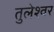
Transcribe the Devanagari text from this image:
तुलेश्वर